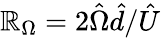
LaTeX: \mathbb{R}_{\Omega}=2\hat{{\Omega}}\hat{{d}}/\hat{{U}}